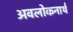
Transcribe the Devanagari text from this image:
अवलोकनार्थ